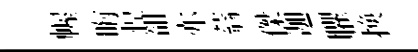
幄晦惶𧮳亦蓊傑迦臞换